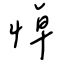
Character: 悼